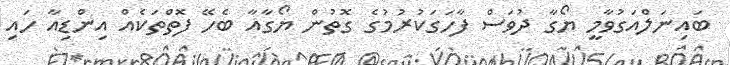
ބައިނަލްއަގުވާމީ ޔޯގާ ދުވަސް ފާހަގަކުރުމުގެ ގޮތުން ޔޯގާއާ ބެހޭ ފޮތްތަކެއް އިންޑިއާ ހައި